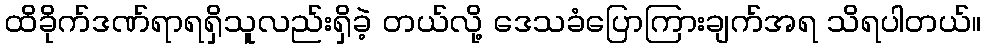
ထိခိုက်ဒဏ်ရာရရှိသူလည်းရှိခဲ့ တယ်လို့ ဒေသခံပြောကြားချက်အရ သိရပါတယ်။